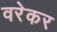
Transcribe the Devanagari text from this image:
वरेकर